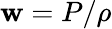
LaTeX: \mathbf{w}=P/\rho